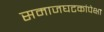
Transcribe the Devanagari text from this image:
समाजघटकांपेक्षा